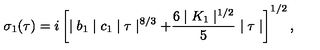
\sigma _ { 1 } ( \tau ) = i \left[ \mid b _ { 1 } \mid c _ { 1 } \mid \tau \mid ^ { 8 / 3 } + \frac { 6 \mid K _ { 1 } \mid ^ { 1 / 2 } } { 5 } \mid \tau \mid \right] ^ { 1 / 2 } ,